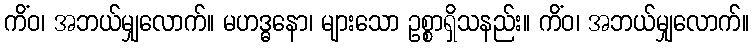
ကိံဝ၊ အဘယ်မျှလောက်။ မဟဒ္ဓနော၊ များသော ဥစ္စာရှိသနည်း။ ကိံဝ၊ အဘယ်မျှလောက်။